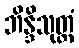
ဘိန္ဒိသုတ္တံ